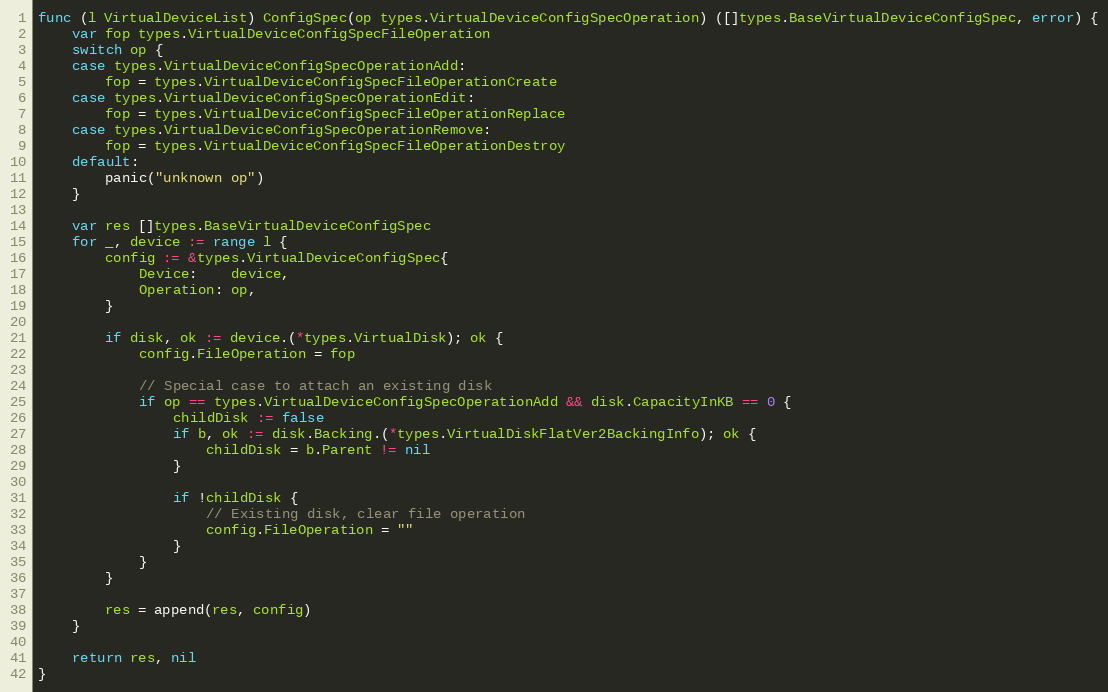
Language: Go
func (l VirtualDeviceList) ConfigSpec(op types.VirtualDeviceConfigSpecOperation) ([]types.BaseVirtualDeviceConfigSpec, error) {
	var fop types.VirtualDeviceConfigSpecFileOperation
	switch op {
	case types.VirtualDeviceConfigSpecOperationAdd:
		fop = types.VirtualDeviceConfigSpecFileOperationCreate
	case types.VirtualDeviceConfigSpecOperationEdit:
		fop = types.VirtualDeviceConfigSpecFileOperationReplace
	case types.VirtualDeviceConfigSpecOperationRemove:
		fop = types.VirtualDeviceConfigSpecFileOperationDestroy
	default:
		panic("unknown op")
	}

	var res []types.BaseVirtualDeviceConfigSpec
	for _, device := range l {
		config := &types.VirtualDeviceConfigSpec{
			Device:    device,
			Operation: op,
		}

		if disk, ok := device.(*types.VirtualDisk); ok {
			config.FileOperation = fop

			// Special case to attach an existing disk
			if op == types.VirtualDeviceConfigSpecOperationAdd && disk.CapacityInKB == 0 {
				childDisk := false
				if b, ok := disk.Backing.(*types.VirtualDiskFlatVer2BackingInfo); ok {
					childDisk = b.Parent != nil
				}

				if !childDisk {
					// Existing disk, clear file operation
					config.FileOperation = ""
				}
			}
		}

		res = append(res, config)
	}

	return res, nil
}